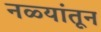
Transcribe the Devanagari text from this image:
नळ्यांतून